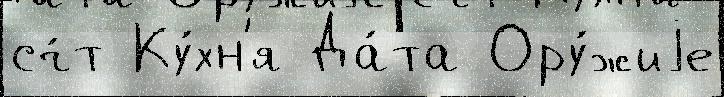
сч́т Ку́хн'я Да́та Ору́жиjе